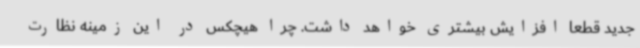
جدید قطعا افزایش بیشتری خواهد داشت. چرا هیچکس در این زمینه نظارت